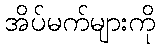
အိပ်မက်များကို